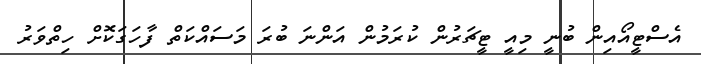
އެސްޓީއޯއިން ބުނީ މިއީ ޓީޗަރުން ކުރަމުން އަންނަ ބުރަ މަސައްކަތް ފާހަގަކޮށް ހިތްވަރު